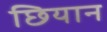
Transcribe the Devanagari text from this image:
छियान